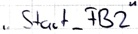
Text: " Start_FB2"